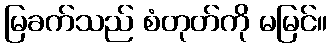
မြခက်သည် စံတုတ်ကို မမြင်။